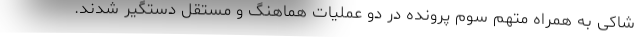
شاکی به همراه متهم سوم پرونده در دو عملیات هماهنگ و مستقل دستگیر شدند.